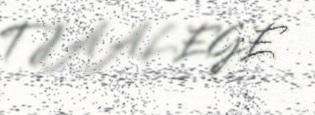
TJAALEGE